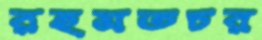
রহমতচর